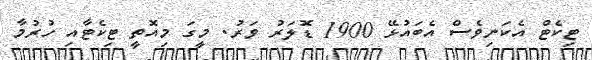
ޓިކެޓް އެކަނިވެސް އެބައުޅޭ 1900 ޑޮލަރު ވަރު. މީގަ މިއޮތީ ޓިކެޓާއި ހުރުމާ